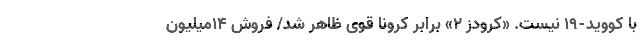
با کووید-۱۹ نیست. «کرودز ۲» برابر کرونا قوی ظاهر شد/ فروش ۱۴میلیون